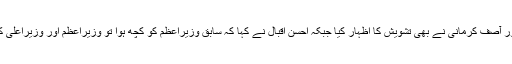
لیگی رہنماؤں مریم اورنگ زیب اور آصف کرمانی نے بھی تشویش کا اظہار کیا جبکہ احسن اقبال نے کہا کہ سابق وزیراعظم کو کچھ ہوا تو وزیراعظم اور وزیراعلیٰ کے خلاف مقدمہ درج کرائیں گے ۔